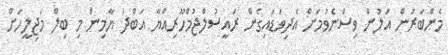
މެންބަރުން އަލުން ވިސްނެވުމަށް އެދިވަޑައިގެން ރައީސުލްޖުމްހޫރިއްޔާ އަބްދު ޔާމިން މި ބިލް މަޖިލީހަށް